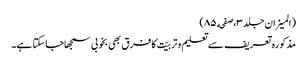
(المیزان جلد٣،صفحه ٨٥)
مذکورہ تعریف سے تعلیم وتربیّت کا فرق بھی بخوبی سمجھاجاسکتا ہے۔